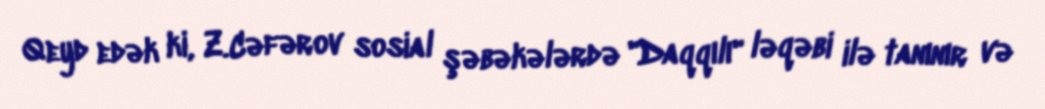
Qeyd edək ki, Z.Cəfərov sosial şəbəkələrdə "Daqqılı" ləqəbi ilə tanınır və